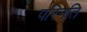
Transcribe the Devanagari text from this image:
परिनति